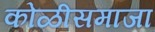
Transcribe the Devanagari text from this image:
कोळीसमाजा